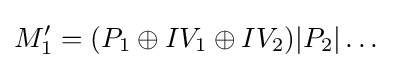
M_{1}'=(P_{1}\oplus IV_{1}\oplus IV_{2})|P_{2}|\dots